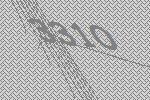
3310